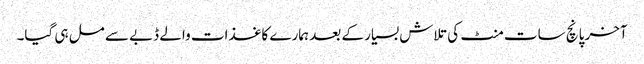
آخر پانچ سات منٹ کی تلاش بسیار کے بعد ہمارے کاغذات والے ڈبے سے مل ہی گیا۔